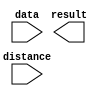
// megafunction wizard: %LPM_CLSHIFT%VBB%
// GENERATION: STANDARD
// VERSION: WM1.0
// MODULE: LPM_CLSHIFT 

// ============================================================
// Megafunction Name(s):
// 			LPM_CLSHIFT
//
// Simulation Library Files(s):
// 			
// ============================================================
// ************************************************************
// THIS IS A WIZARD-GENERATED FILE. DO NOT EDIT THIS FILE!
//
// 13.0.1 Build 232 06/12/2013 SP 1 SJ Web Edition
// ************************************************************

//Copyright (C) 1991-2013 Altera Corporation
//Your use of Altera Corporation's design tools, logic functions 
//and other software and tools, and its AMPP partner logic 
//functions, and any output files from any of the foregoing 
//(including device programming or simulation files), and any 
//associated documentation or information are expressly subject 
//to the terms and conditions of the Altera Program License 
//Subscription Agreement, Altera MegaCore Function License 
//Agreement, or other applicable license agreement, including, 
//without limitation, that your use is for the sole purpose of 
//programming logic devices manufactured by Altera and sold by 
//Altera or its authorized distributors.  Please refer to the 
//applicable agreement for further details.

module ALU_ROTATE_LEFT (
	data,
	distance,
	result);

	input	[31:0]  data;
	input	[4:0]  distance;
	output	[31:0]  result;

endmodule

// ============================================================
// CNX file retrieval info
// ============================================================
// Retrieval info: PRIVATE: INTENDED_DEVICE_FAMILY STRING "Cyclone IV GX"
// Retrieval info: PRIVATE: LPM_SHIFTTYPE NUMERIC "2"
// Retrieval info: PRIVATE: LPM_WIDTH NUMERIC "32"
// Retrieval info: PRIVATE: SYNTH_WRAPPER_GEN_POSTFIX STRING "1"
// Retrieval info: PRIVATE: lpm_widthdist NUMERIC "5"
// Retrieval info: PRIVATE: lpm_widthdist_style NUMERIC "0"
// Retrieval info: PRIVATE: new_diagram STRING "1"
// Retrieval info: PRIVATE: port_direction NUMERIC "0"
// Retrieval info: LIBRARY: lpm lpm.lpm_components.all
// Retrieval info: CONSTANT: LPM_SHIFTTYPE STRING "ROTATE"
// Retrieval info: CONSTANT: LPM_TYPE STRING "LPM_CLSHIFT"
// Retrieval info: CONSTANT: LPM_WIDTH NUMERIC "32"
// Retrieval info: CONSTANT: LPM_WIDTHDIST NUMERIC "5"
// Retrieval info: USED_PORT: data 0 0 32 0 INPUT NODEFVAL "data[31..0]"
// Retrieval info: USED_PORT: distance 0 0 5 0 INPUT NODEFVAL "distance[4..0]"
// Retrieval info: USED_PORT: result 0 0 32 0 OUTPUT NODEFVAL "result[31..0]"
// Retrieval info: CONNECT: @data 0 0 32 0 data 0 0 32 0
// Retrieval info: CONNECT: @direction 0 0 0 0 GND 0 0 0 0
// Retrieval info: CONNECT: @distance 0 0 5 0 distance 0 0 5 0
// Retrieval info: CONNECT: result 0 0 32 0 @result 0 0 32 0
// Retrieval info: GEN_FILE: TYPE_NORMAL ALU_ROTATE_LEFT.v TRUE
// Retrieval info: GEN_FILE: TYPE_NORMAL ALU_ROTATE_LEFT.inc FALSE
// Retrieval info: GEN_FILE: TYPE_NORMAL ALU_ROTATE_LEFT.cmp FALSE
// Retrieval info: GEN_FILE: TYPE_NORMAL ALU_ROTATE_LEFT.bsf TRUE
// Retrieval info: GEN_FILE: TYPE_NORMAL ALU_ROTATE_LEFT_inst.v FALSE
// Retrieval info: GEN_FILE: TYPE_NORMAL ALU_ROTATE_LEFT_bb.v TRUE
// Retrieval info: GEN_FILE: TYPE_NORMAL ALU_ROTATE_LEFT_syn.v TRUE